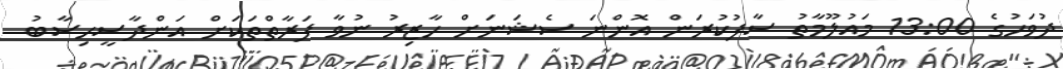
ދުވަހުގެ 13:00 މައުލޫމާތު ސާފުކުރަން އޮންނަ ސެޝަނަށް ހާޒިރު ނުވާ ފަރާތްތަކަށް އަންދާސީހިސާބު